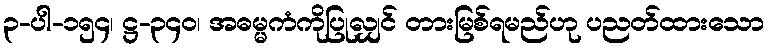
၃-ပါ-၁၅၄၊ ဋ္ဌ-၃၄၀၊ အဓမ္မကံကိုပြုလျှင် တားမြစ်ရမည်ဟု ပညတ်ထားသော